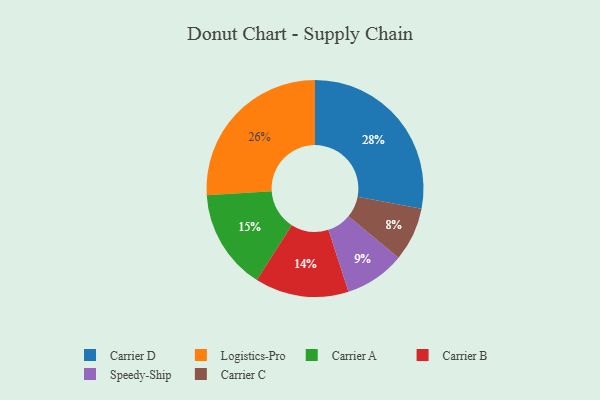
{"axis": {"x": "Category", "y": "Percentage"}, "legend": ["Carrier A", "Carrier B", "Carrier C", "Carrier D", "Logistics-Pro", "Speedy-Ship"], "data": [{"x": "Logistics-Pro", "y": 26, "type": "Logistics-Pro"}, {"x": "Carrier B", "y": 14, "type": "Carrier B"}, {"x": "Carrier A", "y": 15, "type": "Carrier A"}, {"x": "Speedy-Ship", "y": 9, "type": "Speedy-Ship"}, {"x": "Carrier D", "y": 28, "type": "Carrier D"}, {"x": "Carrier C", "y": 8, "type": "Carrier C"}]}